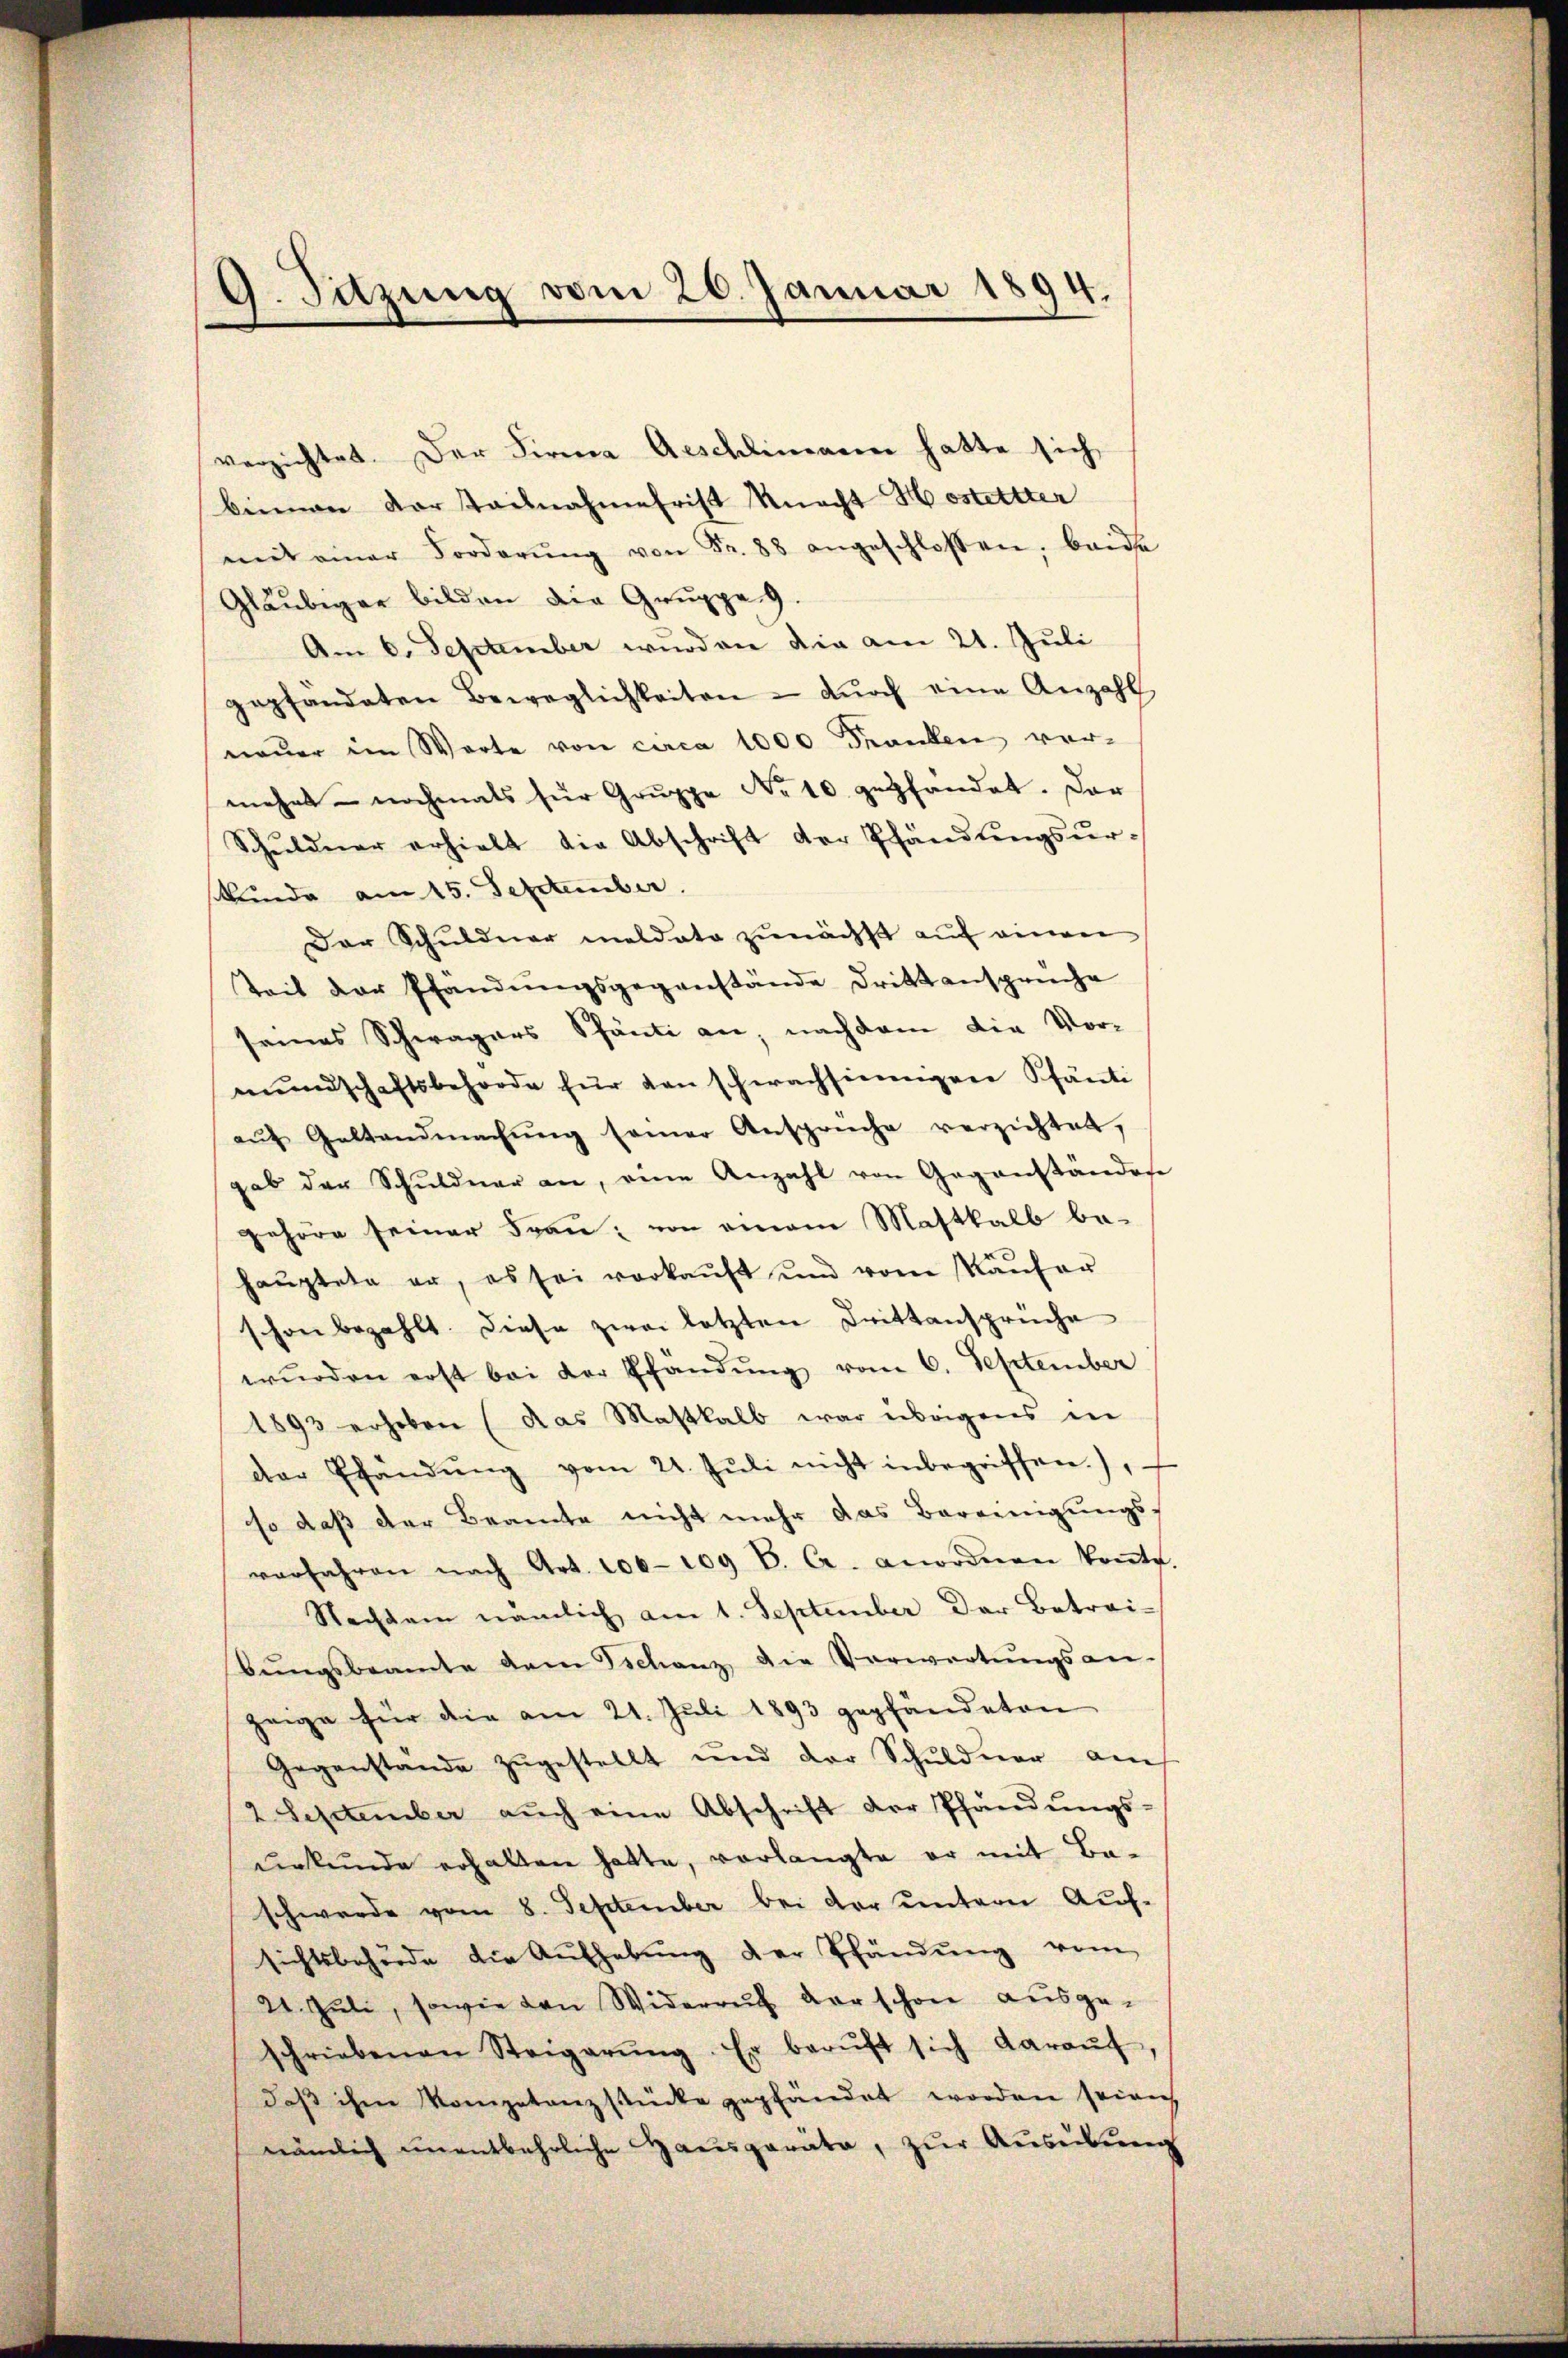
9. Sitzung vom 26. Januar 1894

verzichtet. Der Firma Aeschlimann hatte sich
binnen der Teilnahmefrist Macht H ostettter
mit einer Forderŭng von Fr. 88 angeschlossen, beide
Gläubiger bilden die Gruppe 9.
Am 6. September wurden die am 21. Juli
gepfandaten Beweglichkeiten - dŭrch eine Anzahl
neŭer im Worte von circa 1000 Franken vor-
mehrt – nochmals für Gruppe No 10. gepfandet. Dar
Schŭldner erhielt die Abschrift der Pfändŭngsŭr-
kunde am 15. September.
Der Schuldner meldate zunächst auf einen
Zeit der Pfändungsgegenstände Drittansprüche
seines Schwagers Spänti an, nachdem die Vor-
mŭndschaftsbehörde für den schwachsinnigen Pfänti
aŭf Geltendmachŭng seiner Ansprüche verzichtet,
gab der Schŭldner an, eine Anzahl von Gegenständen
gehöre seiner Frau, von einem Masthalb bahauptete er, es sei verkaŭft und vom Kaŭfer
schon bezahlt. Diese zwei letzten Drittansprüche
wŭrden erst bei der Pfändŭng vom 6. September
1893 erhoben (das Masthalb war übrigens in
der Pfändŭng vom 21. Jŭli nicht inbegriffen.)
so daß der Beamte nicht mehr das Bereinigungsvorfahren nach Art. 106. 109 C. C. anordnen konnte.
Nachdem nämlich am 1. September der Betraibŭngsbeamte dem Schanz die Verwartŭngsan-
zeige für die am 21. Juli 1893 gepfändeten
Gegenstände zŭgestellt und der Schuldner am
2 September aŭch eine Abschrift der Pfändungs-
urkunde erhalten hatte, verlangte er mit Ba-
schwerde vom 8. September bei der untern Auf-
sichtsbehörde die Aŭfhebŭng der Pfändung vom
24. Juli, sowie den Widerruf der schon ausge-
schriebenen Steigerŭng. Er berŭft sich daraŭf,
daβ ihm kompetanzstücke gepfändet worden seinen
nämlich unentbehrliche Hausgeräte, zur Ausübung